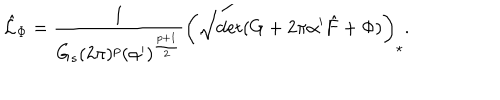
LaTeX: \hat { \cal L } _ { \Phi } = \frac { 1 } { G _ { s } ( 2 \pi ) ^ { p } ( \alpha ^ { \prime } ) ^ { \frac { p + 1 } { 2 } } } \left( \sqrt { \mathrm { d e t } ( G + 2 \pi \alpha ^ { \prime } \hat { F } + \Phi ) } \right) _ { \star } .